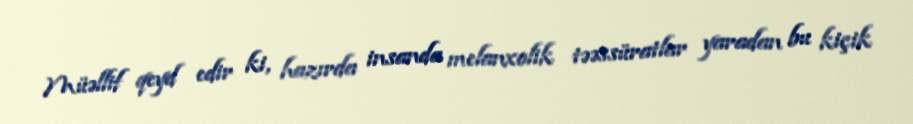
Müəllif qeyd edir ki, hazırda insanda melanxolik təəssüratlar yaradan bu kiçik